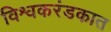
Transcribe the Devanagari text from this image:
विश्वकरंडकात